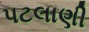
પટલાણી